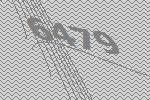
6479